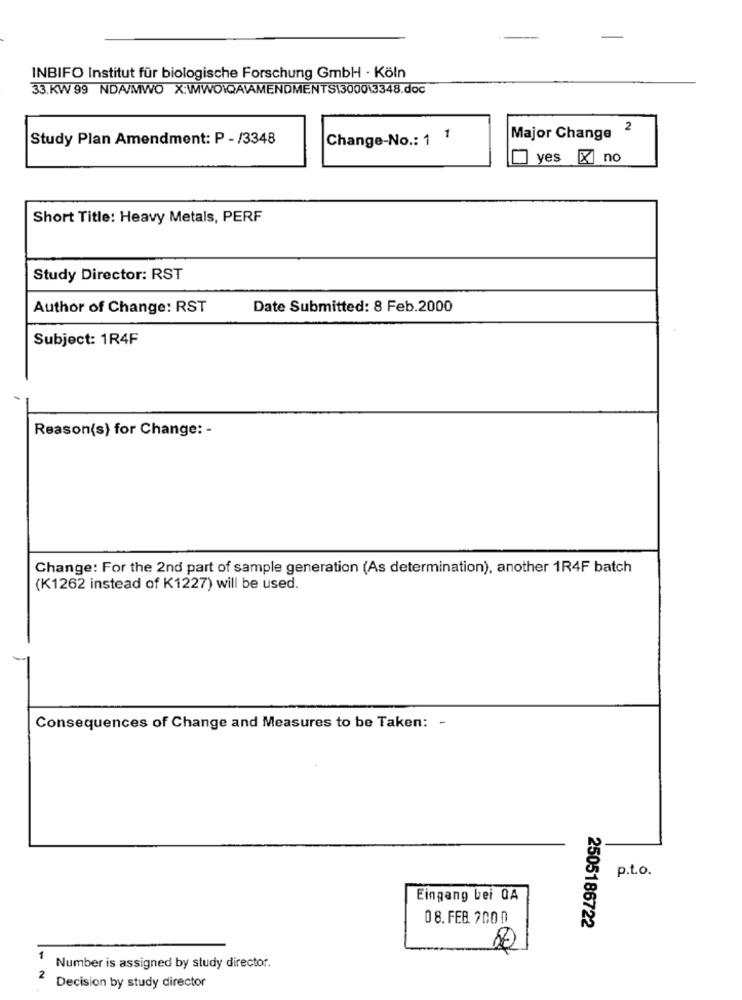
INBIFO Institut für biologische Forschung GmbH · Köln
33.KW 99 NDA/MWO X:WIWO\QAVAMENDMENTS13000\3348.doc
Study Plan Amendment: P - /3348
Change-No .: 1 1
Major Change 2
yes X no
Short Title: Heavy Metals, PERF
Study Director: RST
Author of Change: RST
Date Submitted: 8 Feb.2000
Subject: 1R4F
Reason(s) for Change: -
Change: For the 2nd part of sample generation (As determination), another 1R4F batch
(K1262 instead of K1227) will be used.
Consequences of Change and Measures to be Taken: -
p.t.o.
Eingang bei QA
08. FEB 200 0
2505186722
-
Number is assigned by study director.
2
Decision by study director